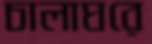
চালাঘরে